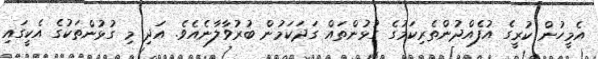
އެމީހުން ކުރީގެ އުފެއްދުންތެރިކަމުގެ ގުޅުންތައް ގަދަކަމުން ބުރުވާލާނެއެވެ. އަދި މި ގުޅުންތަކުގެ އެކީގައި